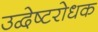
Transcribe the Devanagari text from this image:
उद्वेष्टरोधक